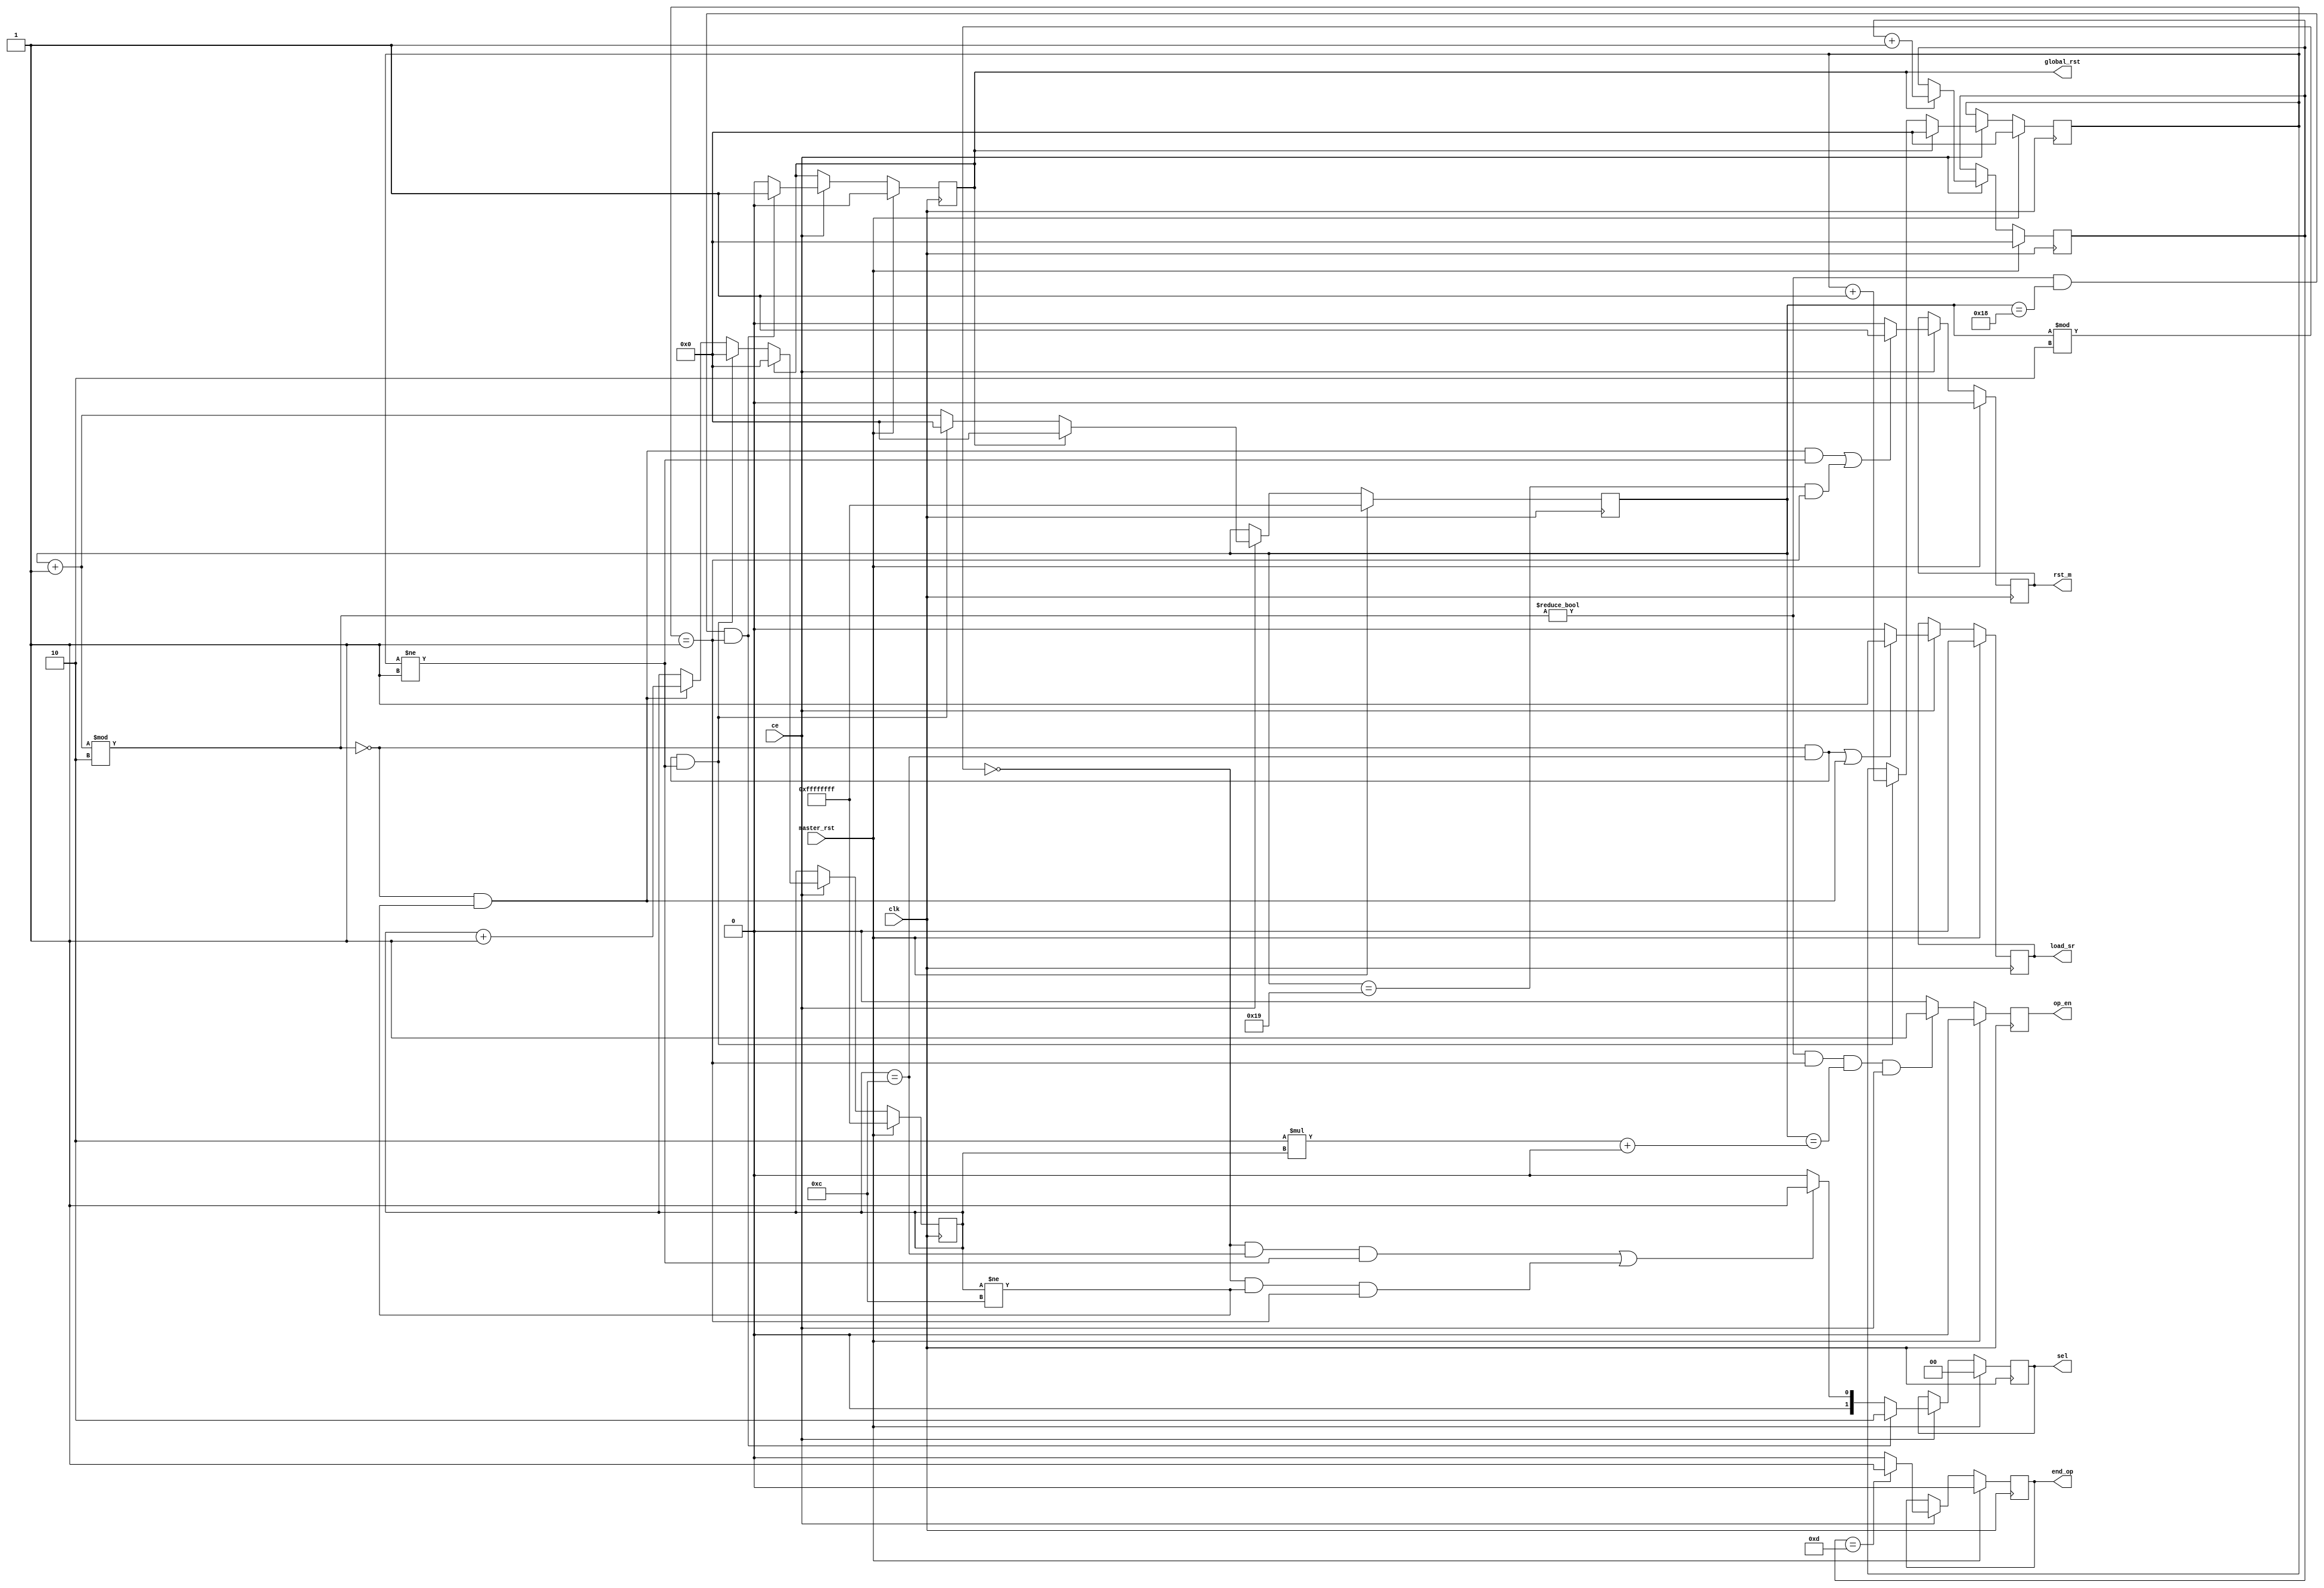
`timescale 1ns / 1ps

//1. normal case : just store the max value in the register.  
//2. end of one neighbourhood: store the max value to the shift register.
//3. end of row: store the max value in the shift register and then load the max register from the shift register.
//4. end of neighbourhood in the last row: make output valid and store the max value in the max register.
//5. end of last neighbourhood of last row: make op valid and store the max value in the max register and then reset the entire module.

//SIGNALS TO BE HANDLED IN EACH CASE
//CASE               1		 2		 3 	 	 4		 5 
//1. load _sr       low	    high	high	high	low			
//2. sel			low		low	   	high	high	low
//3. rst_m			low		high	low		low		low
//4. op_en			low		low		low		high	high
//5. global_rst		low		low		low		low		high

module control_logic2(
    input clk,
    input master_rst,
    input ce,
    output reg [1:0] sel,
    output reg rst_m,
    output reg op_en,
    output reg load_sr,
    output reg global_rst,
    output reg end_op
    );

    parameter m = 9'h01a;
    parameter p = 9'h002;
    integer row_count =0;
    integer col_count =0;
    integer count =0;
    integer nbgh_row_count;

    always@(posedge clk) begin 
        if(master_rst) begin
        sel <=0;
        load_sr <=0;
        rst_m <=0;
        op_en <=0;
        global_rst <=0;
        end_op <=0;
        end
        else begin
        if(((col_count+1)%p !=0)&&(row_count == p-1)&&(col_count == p*count+ (p-2))&&ce) begin     //op_en
        op_en <=1;
        end 
        else begin
        op_en <=0;
        end
            if(ce) begin
                if(nbgh_row_count == m/p) begin     //end_op
                end_op <=1;
                end
                else begin
                end_op <=0;
                end

                if(((col_count+1) % p != 0)&&(col_count == m-2)&&(row_count == p-1)) begin     //global_rst and pause_ip
                global_rst <= 1;                           //  (reset everything)
                end
                else begin
                global_rst <= 0;
                end  
                
                

                //end

                if((((col_count+1) % p == 0)&&(count != m/p-1)&&(row_count != p-1))||((col_count == m-1)&&(row_count == p-1))) begin     //rst_m
                rst_m <= 1;              
                end  
                else begin
                rst_m <= 0;
                end   
                
                
                if(((col_count+1) % p != 0)&&(col_count == m-2)&&(row_count == p-1)) begin
                sel <= 2'b10;
                end
                else begin
                if((((col_count) % p == 0)&&(count == m/p-1)&&(row_count != p-1))|| (((col_count) % p == 0)&&(count != m/p-1)&&(row_count == p-1))) begin     //sel
                sel<=2'b01;
                end 
                else begin
                sel <= 2'b00;
                end
                end

                if((((col_count+1) % p == 0)&&((count == m/p-1)))||((col_count+1) % p == 0)&&((count != m/p-1))) begin     //load_sr
                load_sr <= 1;                                 //&&(row_count!=p-1)
                end 
                else begin
                load_sr <= 0;
                end
            end
        end 
    end 
    always@(posedge clk) begin            //counters
        if(master_rst) begin
        row_count <=0;
        col_count <=32'hffffffff;
        count <=32'hffffffff;
        nbgh_row_count <=0;
        end
        else begin
            if(ce) begin
                if(global_rst) begin
                   row_count <=0;
                   col_count <=32'h0;//ffffffff;
                   count <=32'h0;//ffffffff;
                   nbgh_row_count <= nbgh_row_count + 1'b1; 
                end
                else begin
                    if(((col_count+1) % p == 0)&&(count == m/p-1)&&(row_count != p-1)) begin   //col_count and row_count
                        col_count <= 0;
                        row_count <= row_count + 1'b1;
                        count <=0;
                    end
                    else begin
                        col_count<=col_count+1'b1;
                        if(((col_count+1) % p == 0)&&(count != m/p-1)) begin
                            count <= count+ 1'b1;
                        end 
                    end
                end
            end
        end  
    end 
    endmodule